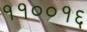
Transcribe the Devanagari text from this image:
११००१६